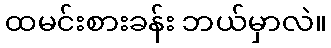
ထမင်းစားခန်း ဘယ်မှာလဲ။